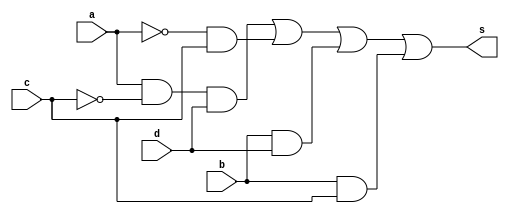
//----------------------------------------------------------------------------------------------------------------------------------------------------------------------

// Nome: Jessica Luisa Betonico Andrade - // Matrcula: 412748

// GUIA 08 -  // Professor: Theldo

//----------------------------------------------------------------------------------------------------------------------------------------------------------------------



module simplQM ( s,a,b,c,d );

	output s;
	input a,b,c,d;
	wire s1,s2,s3,s4,s5,s6;

	not NOT1 (s1,c);
	not NOT2 (s3,a);
	and AND1 (s2,a,s1,d);
	and AND2 (s4,s3,c);
	and AND3 (s5,b,d);
	and AND4 (s6,b,c);
	or OR1 (s,s2,s4,s5,s6);

endmodule

module testQM;
	reg a,b,c,d;
	wire s;

	simplQM  QM ( s,a,b,c,d );

initial begin:start
        a=0; b=0; c=0; d=0;
end

	initial begin: main
	#1 $display (" Exercicio 01 - Guia08 ");
	#1 $display (" a   b   c   d  =   s ");
  	$monitor (" %b   %b   %b   %b  =   %b ",a,b,c,d,s);
           #1 a=0;    b=0;   c=0;   d=1;
			  #1 a=0;    b=0;   c=1;   d=0;
			  #1 a=0;    b=0;   c=1;   d=1;
			  #1 a=0;    b=1;   c=0;   d=0;
			  #1 a=0;    b=1;   c=0;   d=1;
			  #1 a=0;    b=1;   c=1;   d=0;
			  #1 a=0;    b=1;   c=1;   d=1;
			  #1 a=1;    b=0;   c=0;   d=0;
			  #1 a=1;    b=0;   c=0;   d=1;
			  #1 a=1;    b=0;   c=1;   d=0;
			  #1 a=1;    b=0;   c=1;   d=1;
			  #1 a=1;    b=1;   c=0;   d=0;
			  #1 a=1;    b=1;   c=0;   d=1;
			  #1 a=1;    b=1;   c=1;   d=0;
			  #1 a=1;    b=1;   c=1;   d=1;
			  
			  
			  
end
endmodule